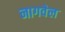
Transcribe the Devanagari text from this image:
नागवेल